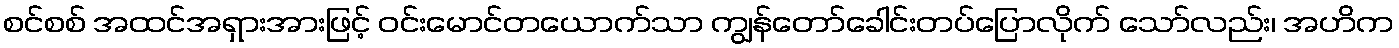
စင်စစ် အထင်အရှားအားဖြင့် ဝင်းမောင်တယောက်သာ ကျွန်တော်ခေါင်းတပ်ပြောလိုက် သော်လည်း၊ အဟိက